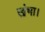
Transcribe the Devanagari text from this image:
खंभा।